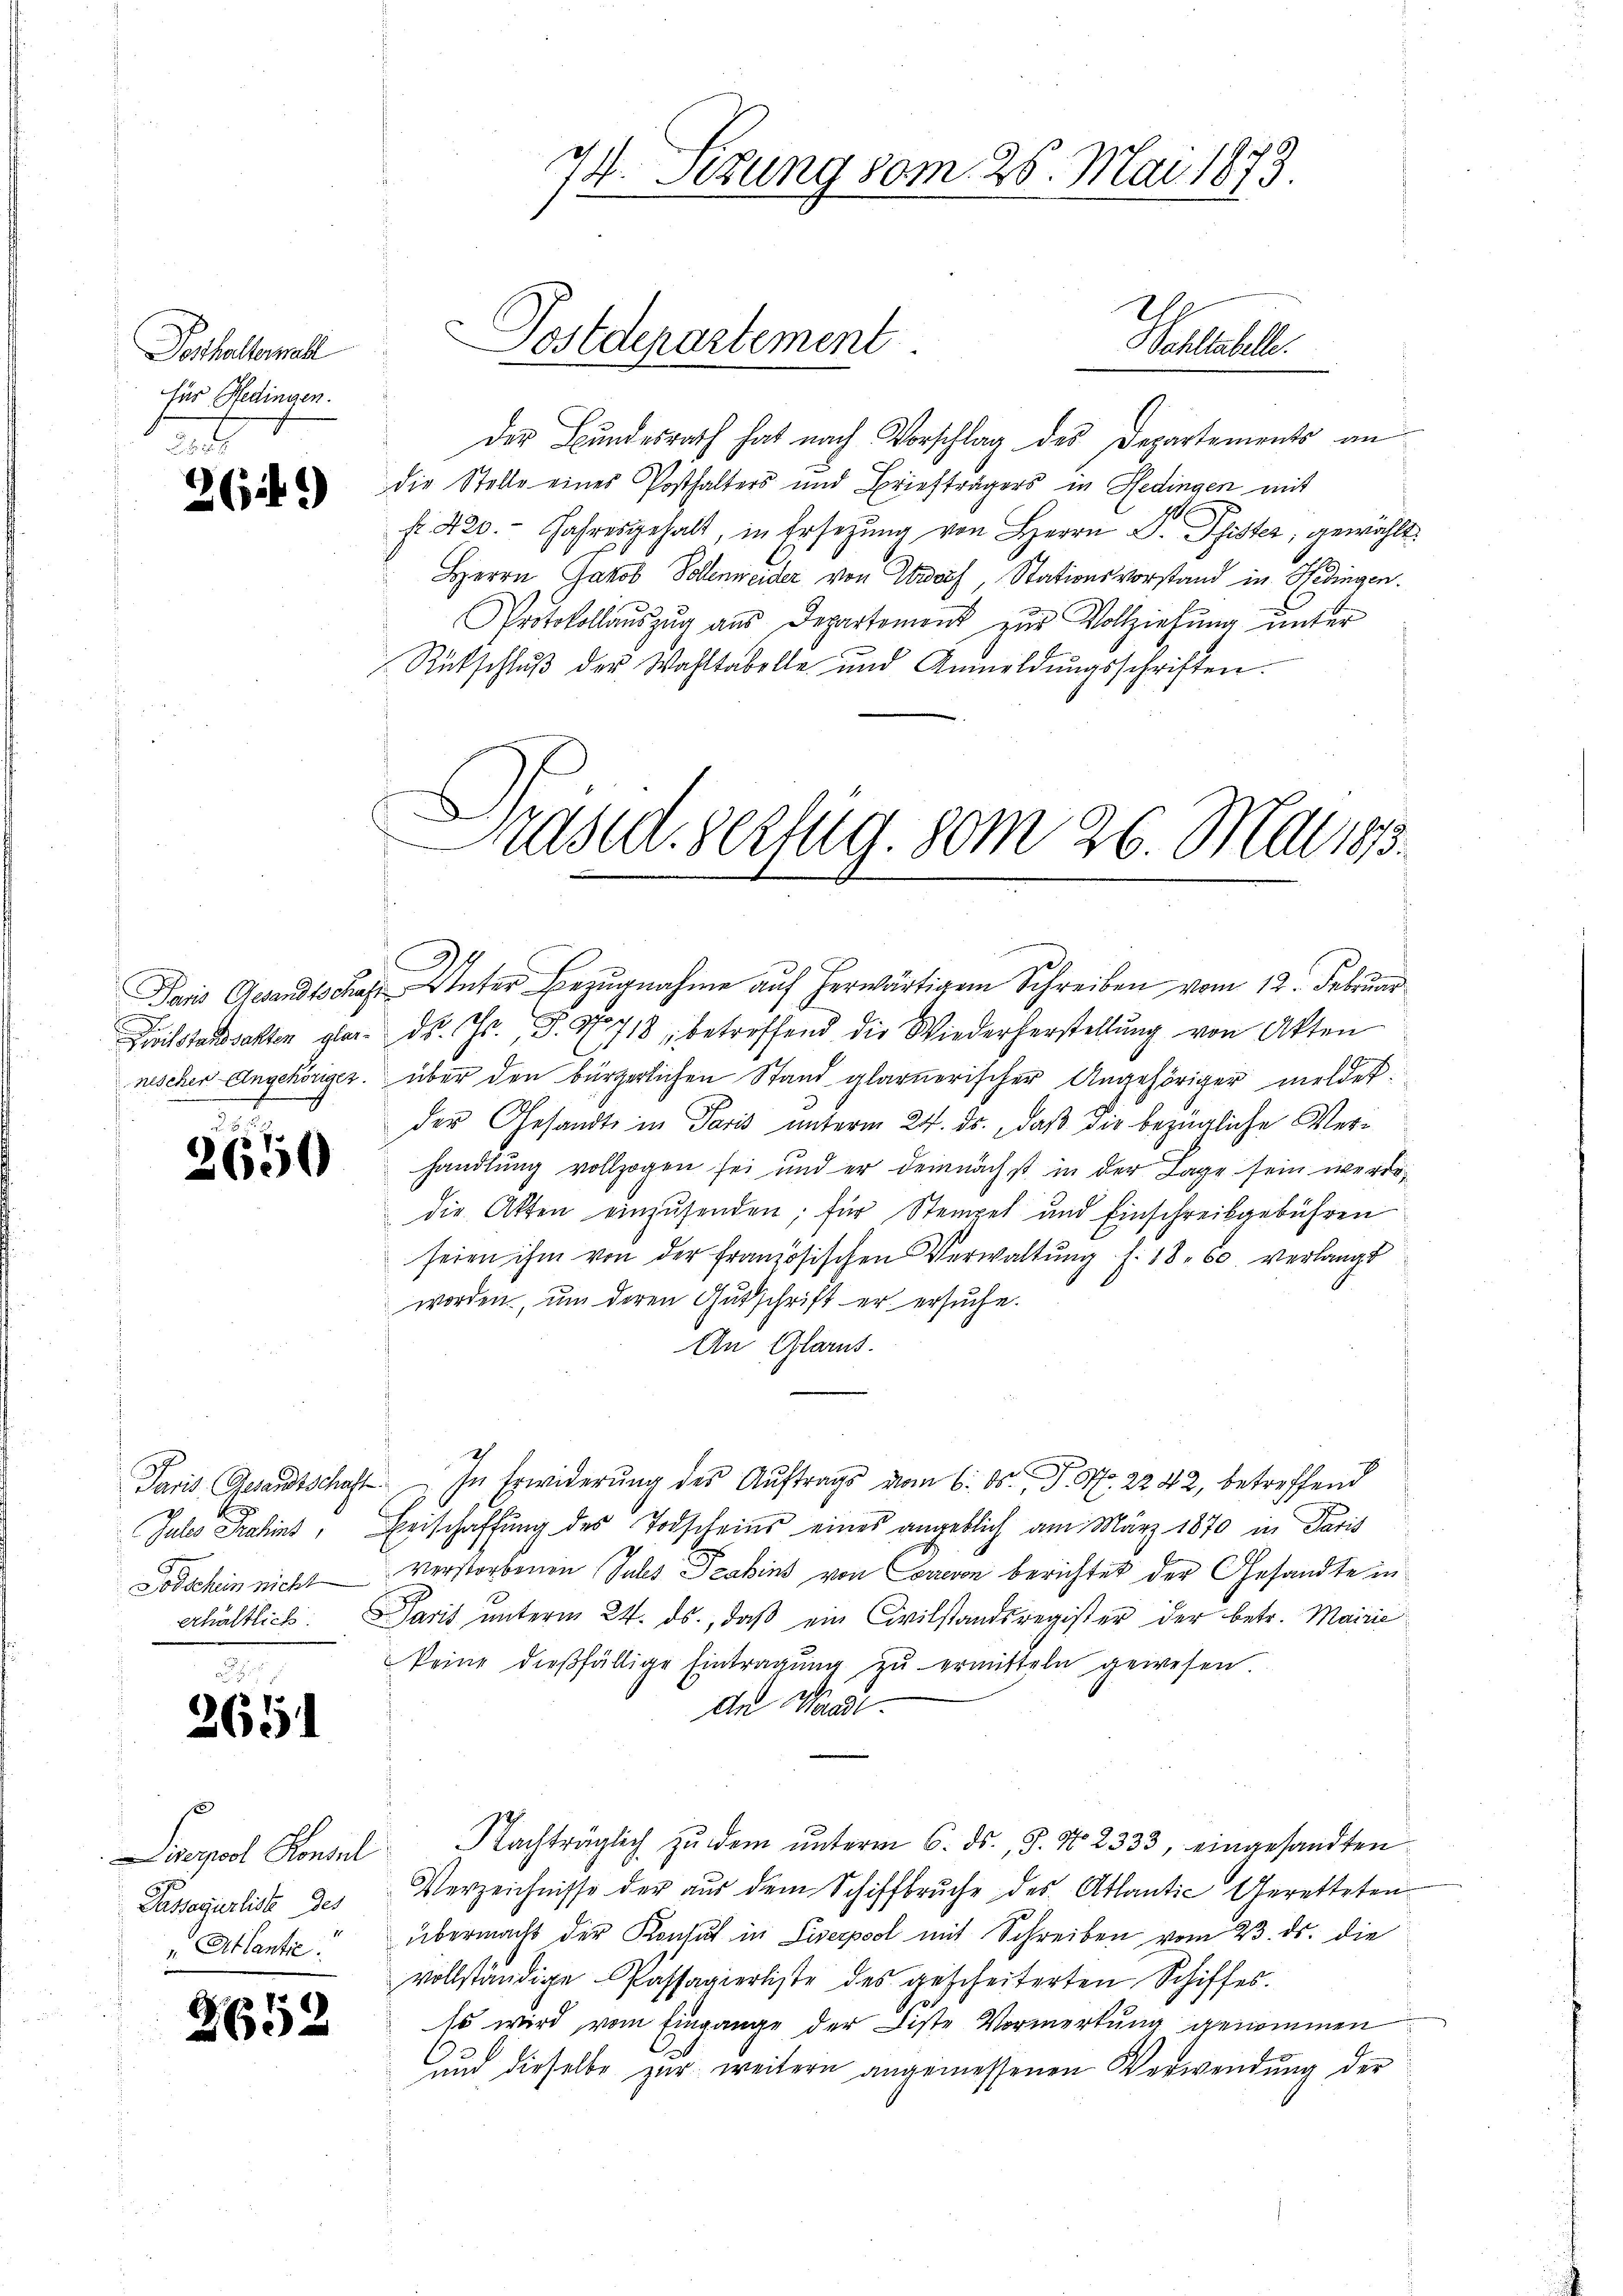
Posthalterall
für Bedingen.
3

26.)

2650

G

2611

der Bundesrath hat nach Vorschlag des Departements an
die Stelle eines Posthalters und Briefträgers in Hedingen mit
fr. 420. Jahresgehalt, in Ersetzung von Herrn D. Pfister, gewählt.
Herrn Jakob Vollenweider von warf, Stationsvorstand in Hedingen.
Protokollaŭszŭg aŭs Departement zŭr Vollziehŭng ŭnter
Rückschluß der Wahltabelle und Anmeldŭngsschriften.

Passagurliste des
 Atlantie.

2652

Dielstandsakten glar. Dr. Gr. P. Nr. 718 betreffend die Wiederherstellŭng von Akten
nischer Angehöriger. über den bürgerlichen Stand glarnerischer Angehöriger meldet.
der Gesandte in Paris unterm 24. ds. daß die bezügliche Verhandlung vollzogen sei und er demnächst in der Lage sein werde,
die Akten einzusenden; für Stempel und Einschreibgebühren
seien ihm von der französischen Verwaltŭng f. 18. 60. verlangt
worden, um deren Gutschrift er ersuche.
An Glarus.
Paris Gesandtschaft. In Erwiderŭng des Aŭftrags vom 6. ds. P. Nr. 2242, betreffend
Jules Dahin, Beischaffung des Todscheins eines angeblich am März 1870 in Paris
Todschein nicht verstorbenen Sules Szakins von Correvon berichtet der Gesandte in
erhältlich. Paris unterm 24. ds., daß ein Civilstandsregister der betr. Mairie
keine dießfällige Eintragŭng zŭ ermitteln gewesen.
An Waadt
Diserpool Konsul Nachträglich zŭ dem ŭnterm 6. ds., S. No 2333, eingesandten
Verzeichnisse der aus dem Schiffbruche des Atlantic Gerettetenübermacht der Konsul in Liserpool mit Schreiben vom 23. ds. die
vollständige Passagierliste des gescheiterten Schiffes.
Es wird vom Eingange der Diste Vormerkung genommen
und dieselbe zur weitern angemessenen Verwendung der

74. Setzung vom 25. Mai 1873

Postdepartement

Pestatte.

räsid. Verzug. vom 26. Mai 1813.
Dans Gesandte Unter Bezugnahme auf herwärtigem Schreiben vom 12. Februar